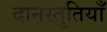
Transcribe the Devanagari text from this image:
दानस्तुतियाँ